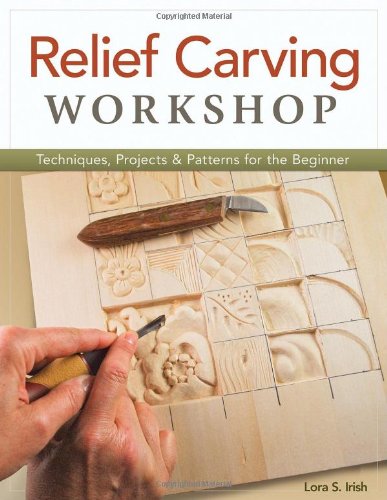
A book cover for Relief Carving Workshop: Techniques, Projects & Patterns for the Beginner; Lora Irish; Crafts, Hobbies & Home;